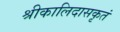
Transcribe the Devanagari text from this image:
श्रीकालिदासकृतं